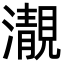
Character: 㵾